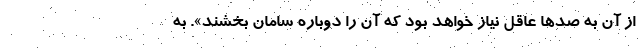
از آن به صدها عاقل نیاز خواهد بود که آن را دوباره سامان بخشند». به